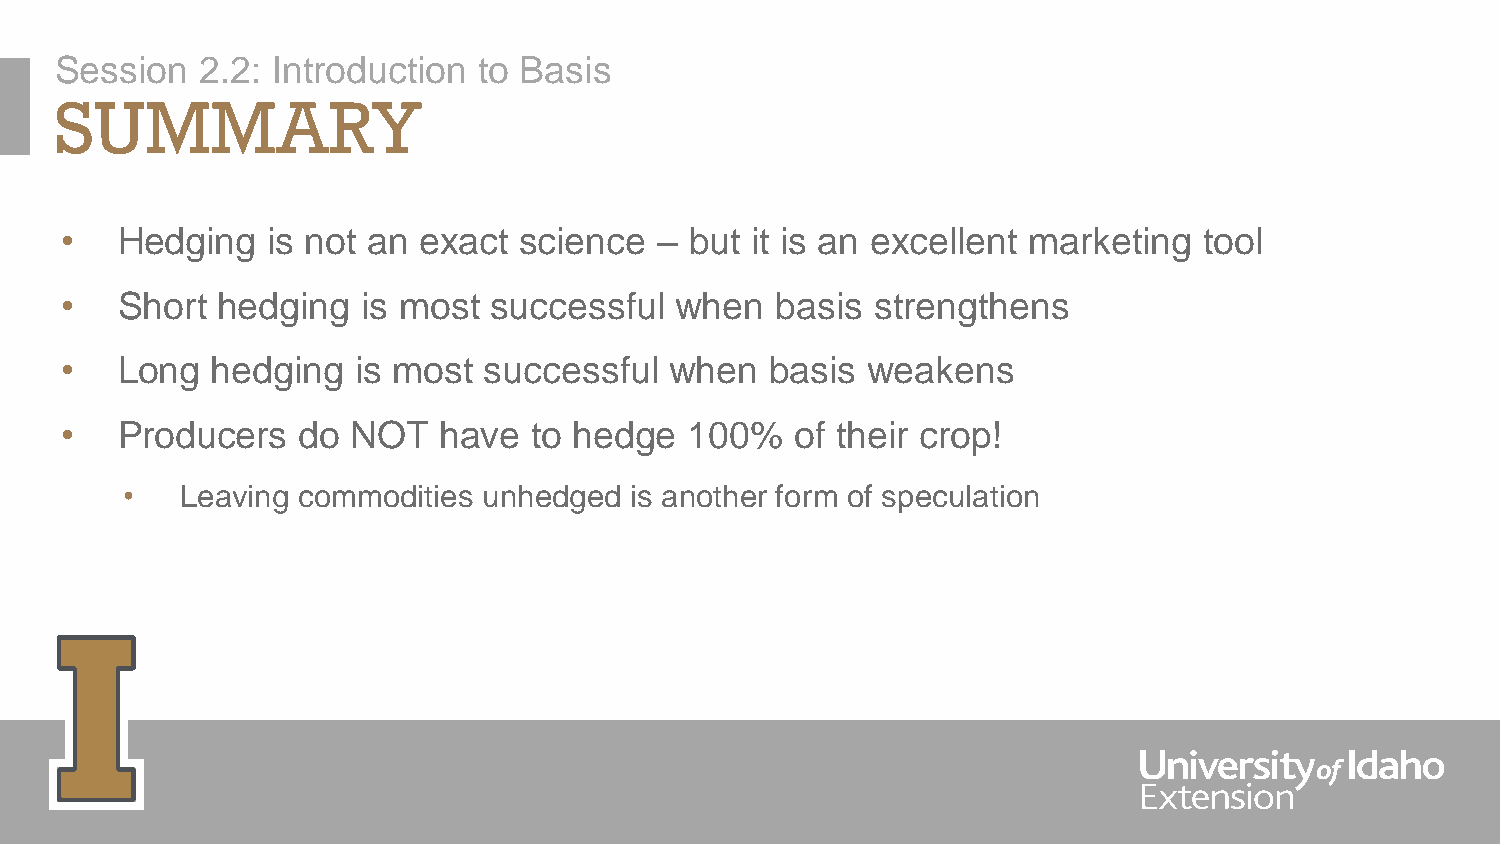
Session  2.2: Introduction  to Basis
 SUMMARY
 •   Hedging   is not an exact science   – but it is an excellent marketing  tool
 •   Short hedging   is most successful   when  basis  strengthens
 •   Long  hedging   is most successful  when   basis weakens
 •   Producers   do NOT   have  to hedge   100%   of their crop!
 •   Leaving commodities unhedged  is another form of speculation